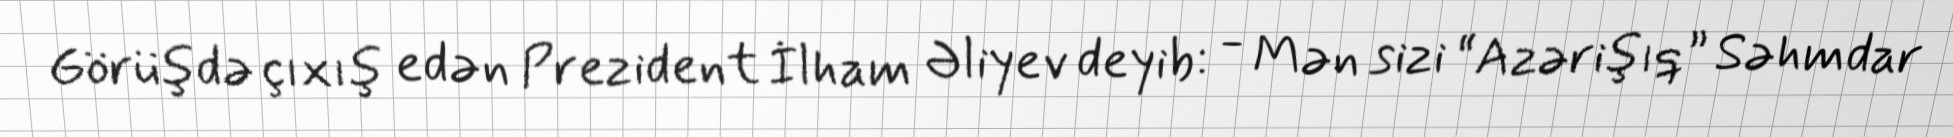
Görüşdə çıxış edən Prezident İlham Əliyev deyib: - Mən sizi “Azərişıq” Səhmdar